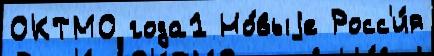
ОКТМО года1 Но́выjе Росс'и́я